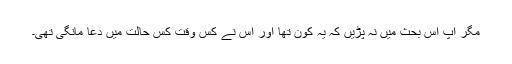
مگر آپ اس بحث میں نہ پڑیں کہ یہ کون تھا اور اس نے کس وقت کس حالت میں دعا مانگی تھی۔